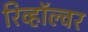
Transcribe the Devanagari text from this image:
रिव्हॉल्वर